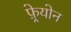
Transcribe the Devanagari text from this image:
फ़्रेयोन